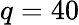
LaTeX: q=40